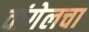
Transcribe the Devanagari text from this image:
वांगेलचा